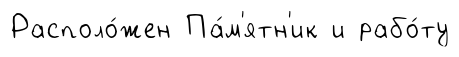
Располо́жен Па́м'ятн'ик и рабо́ту